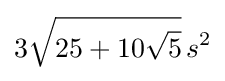
3{\sqrt {25+10{\sqrt {5}}}}\,s^{2}